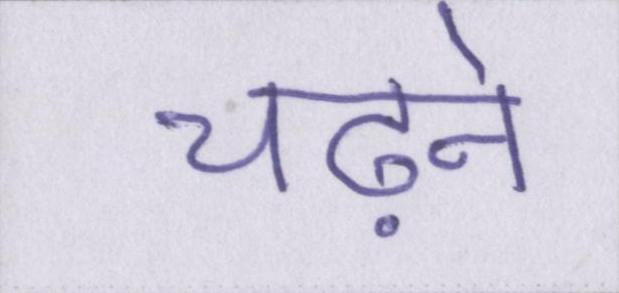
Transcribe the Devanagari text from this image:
चढ़ने